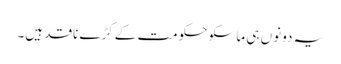
یہ دونوں ہی ماسکو حکومت کےکڑے ناقد ہیں۔